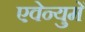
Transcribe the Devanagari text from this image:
एवेन्युमें